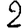
Digit: 2